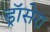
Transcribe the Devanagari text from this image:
ड्रॉसेरा